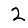
Digit: 2